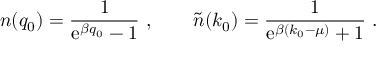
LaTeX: n ( q _ { 0 } ) = { \frac { 1 } { \mathrm { e } ^ { \beta q _ { 0 } } - 1 } } \ , \qquad { \tilde { n } } ( k _ { 0 } ) = { \frac { 1 } { \mathrm { e } ^ { \beta ( k _ { 0 } - \mu ) } + 1 } } \ .